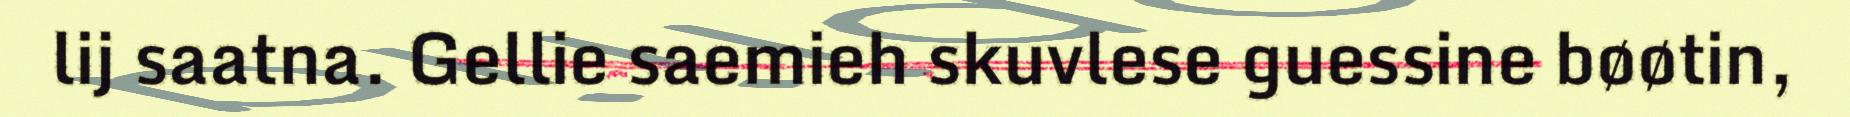
lij saatna. Gellie saemieh skuvlese guessine bøøtin,